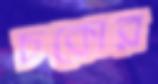
চকোর